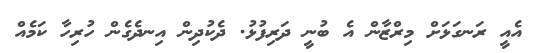
އެއީ ރަނގަޅަށް މިރްޒާން އެ ބުނީ ދަރިފުޅު. ދެކުދިން އިނދެގެން ހުރިހާ ކަމެއް